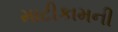
માટીકામની